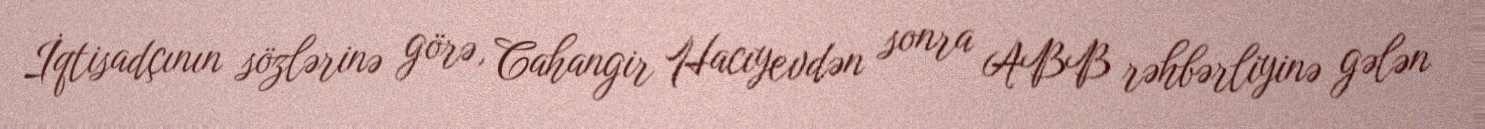
İqtisadçının sözlərinə görə, Cahangir Hacıyevdən sonra ABB rəhbərliyinə gələn